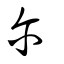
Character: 爾